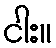
ငါး။